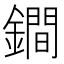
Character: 鐧